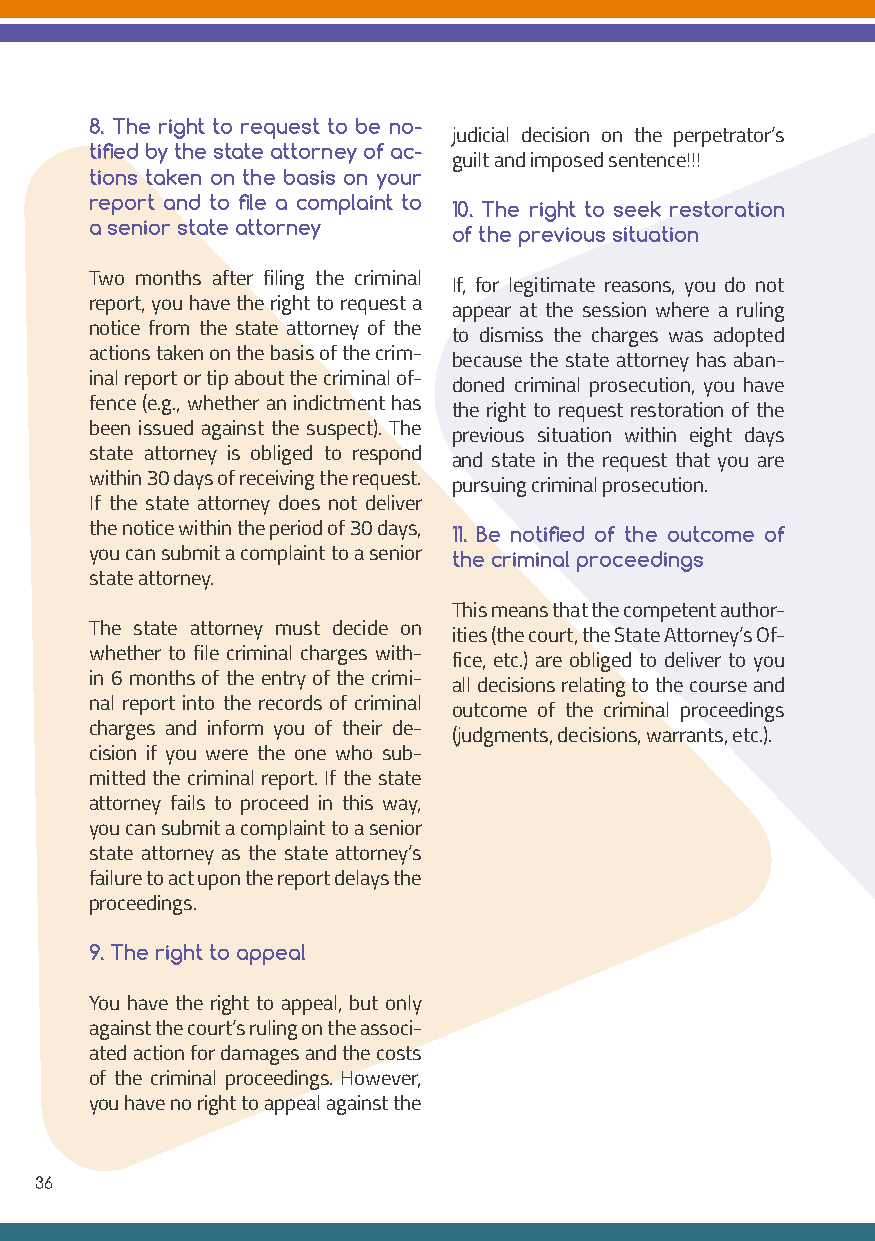
8. The right to request to be no-
 judicial decision on the perpetrator’s
 tified by the state attorney of ac-
 guilt and imposed sentence!!!
 tions taken on the basis on your
 report and to file a complaint to
 10. The right to seek restoration
 a senior state attorney
 of the previous situation
 Two months after filing the criminal
 If, for legitimate reasons, you do not
 report, you have the right to request a
 appear at the session where a ruling
 notice from the state attorney of the
 to dismiss the charges was adopted
 actions taken on the basis of the crim-
 because the state attorney has aban-
 inal report or tip about the criminal of-
 doned criminal prosecution, you have
 fence (e.g., whether an indictment has
 the right to request restoration of the
 been issued against the suspect). The
 previous situation within eight days
 state attorney is obliged to respond
 and state in the request that you are
 within 30 days of receiving the request.
 pursuing criminal prosecution.
 If the state attorney does not deliver
 the notice within the period of 30 days,
 11. Be notified of the outcome of
 you can submit a complaint to a senior
 the criminal proceedings
 state attorney.
 This means that the competent author-
 The state attorney must decide on
 ities (the court, the State Attorney’s Of-
 whether to file criminal charges with-
 fice, etc.) are obliged to deliver to you
 in 6 months of the entry of the crimi-
 all decisions relating to the course and
 nal report into the records of criminal
 outcome of the criminal proceedings
 charges and inform you of their de-
 (judgments, decisions, warrants, etc.).
 cision if you were the one who sub-
 mitted the criminal report. If the state
 attorney fails to proceed in this way,
 you can submit a complaint to a senior
 state attorney as the state attorney’s
 failure to act upon the report delays the
 proceedings.
 9. The right to appeal
 You have the right to appeal, but only
 against the court’s ruling on the associ-
 ated action for damages and the costs
 of the criminal proceedings. However,
 you have no right to appeal against the
 36